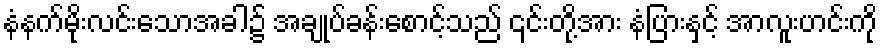
နံနက်မိုးလင်းသောအခါ၌ အချုပ်ခန်းစောင့်သည် ၎င်းတို့အား နံပြားနှင့် အာလူးဟင်းကို